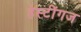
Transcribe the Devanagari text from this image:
हेस्टींगज